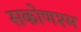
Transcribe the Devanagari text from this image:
सकोणश्म